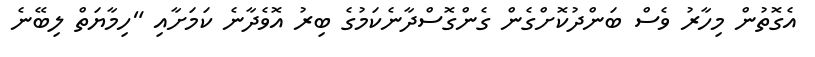
އެގޮތުން މިހާރު ވެސް ބަންދުކޮށްގެން ގެންގޮސްދާނެކަމުގެ ބިރު އޮވެދާނެ ކަމަށާއި "ހިމާޔަތް ލިބޭނެ